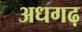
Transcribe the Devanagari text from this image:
अधगढ़